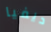
ديفيا